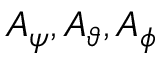
A _ { \psi } , A _ { \vartheta } , A _ { \phi }